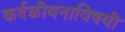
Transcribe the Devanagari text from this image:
कर्दळीवनाविषयी